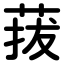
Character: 菝